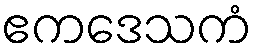
ဧကဒေသကံ